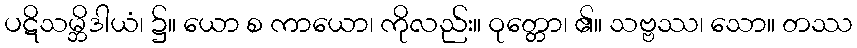
ပဋိသမ္ဘိဒါယံ၊ ၌။ ယော စ ကာယော၊ ကိုလည်း။ ဝုတ္တော၊ ၏။ သဗ္ဗဿ၊ သော။ တဿ